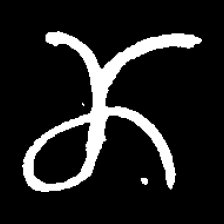
Pyu character \u2014 Myanmar letter: ဏ (romanized: nna)